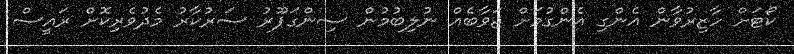
ކޯޓަށް ހާޒިރުވާން އެންގި އެންގުމަށް ޖަވާބެއް ނުލިބުމުން ސިންގަޕޫރު ސަރުކާރު މެދުވެރިކޮށް ރައީސް